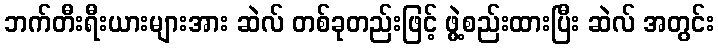
ဘက်တီးရီးယားများအား ဆဲလ် တစ်ခုတည်းဖြင့် ဖွဲ့စည်းထားပြီး ဆဲလ် အတွင်း